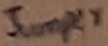
Text: Jumper